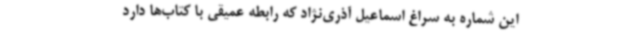
این شماره به سراغ اسماعیل آذری‌نژاد که رابطه عمیقی با کتاب‌ها دارد